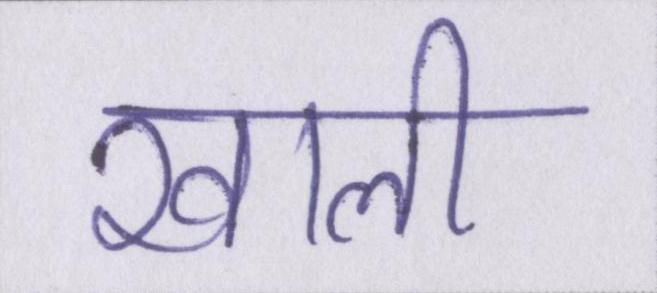
खाली